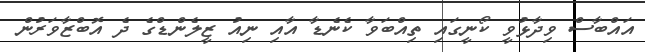
އައްބާސް ވިދާޅުވީ ކޯނީގައި ތިއްބަވާ ކެނެޑާ އާއި ނިއު ޒީލެންޑްގެ ދެ އޮބްޒާވަރުން